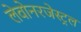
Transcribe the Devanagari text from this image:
लेवोनरजेस्ट्रल